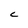
Character: C